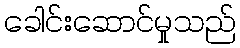
ခေါင်းဆောင်မှုသည်